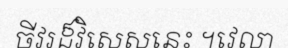
ចីវរដ៏វិសេសនេះ ។វេលា